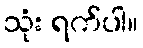
သုံး ရက်ပါ။